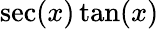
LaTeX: \sec(x)\tan(x)